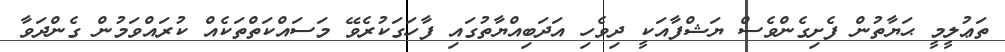
ތަޢުލީމީ ޙަޔާތުން ފެށިގެންވެސް ޔަޝްފާއަކީ ދިވެހި އަދަބިއްޔާތުގައި ފާހަގަކުރެވޭ މަސައްކަތްތަކެއް ކުރައްވަމުން ގެންދަވާ